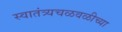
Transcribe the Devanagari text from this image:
स्वातंत्र्यचळवळीच्या